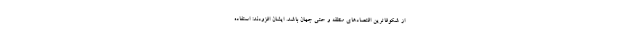
از شکوفاترین اقتصادهای منطقه و حتی جهان باشد. ایشان افزودند: استفاده